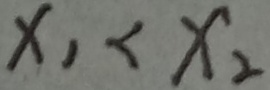
x _ { 1 } < x _ { 2 }